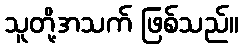
သူတို့အသက် ဖြစ်သည်။